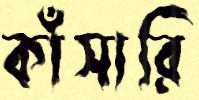
কাঁসারি